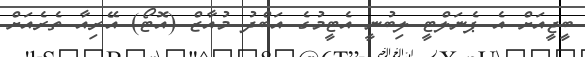
ބީޖީއަށް އެ ޕެނަލްޓީ ލިބުނީ އެޓީމުގެ އަބްދު މުއާޒް (އޮޓޯ) އޭރިއާ ތެރެއަށް